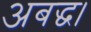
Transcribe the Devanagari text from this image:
अबद्ध।